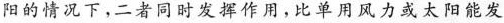
阳的情况下，二者同时发挥作用，比单用风力或太阳能发